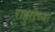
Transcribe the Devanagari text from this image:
राहुरीच्या